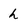
Character: h